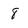
Character: 8